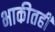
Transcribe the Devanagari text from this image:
भाकीतही